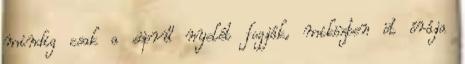
mindig csak a söprű nyelét fogják, miközben öt órája